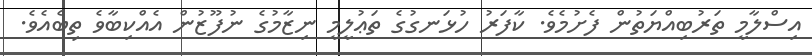
އިސްލާމީ ތަރުބިއްޔަތުން ފެށުމެވެ. ކާފަރު ހުޅަނގުގެ ތަޢުލީމީ ނިޒާމުގެ ނުފޫޒުން އެއްކިބާވެ ތިބެއެވެ.